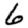
Digit: 6